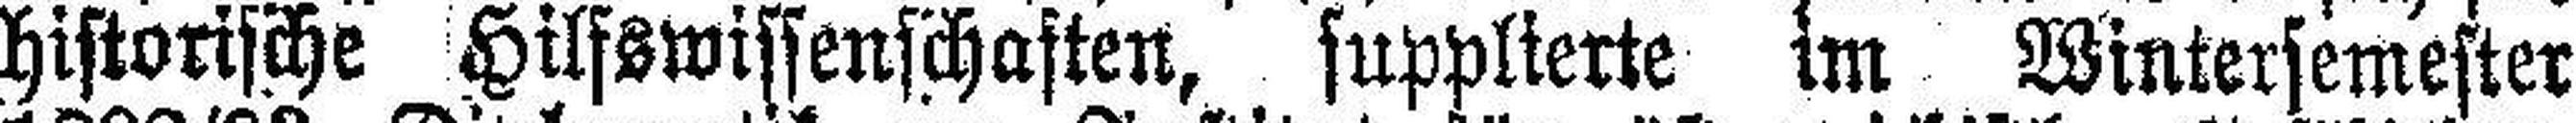
historische Hilfswissenschaften, supplierte im Wintersemester